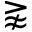
\gnapprox